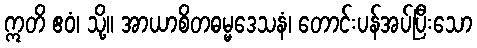
ဣတိ ဧဝံ၊ သို့။ အာယာစိတဓမ္မဒေသနံ၊ တောင်းပန်အပ်ပြီးသော